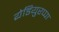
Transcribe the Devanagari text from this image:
येडियुरप्पा